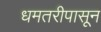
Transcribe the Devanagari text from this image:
धमतरीपासून